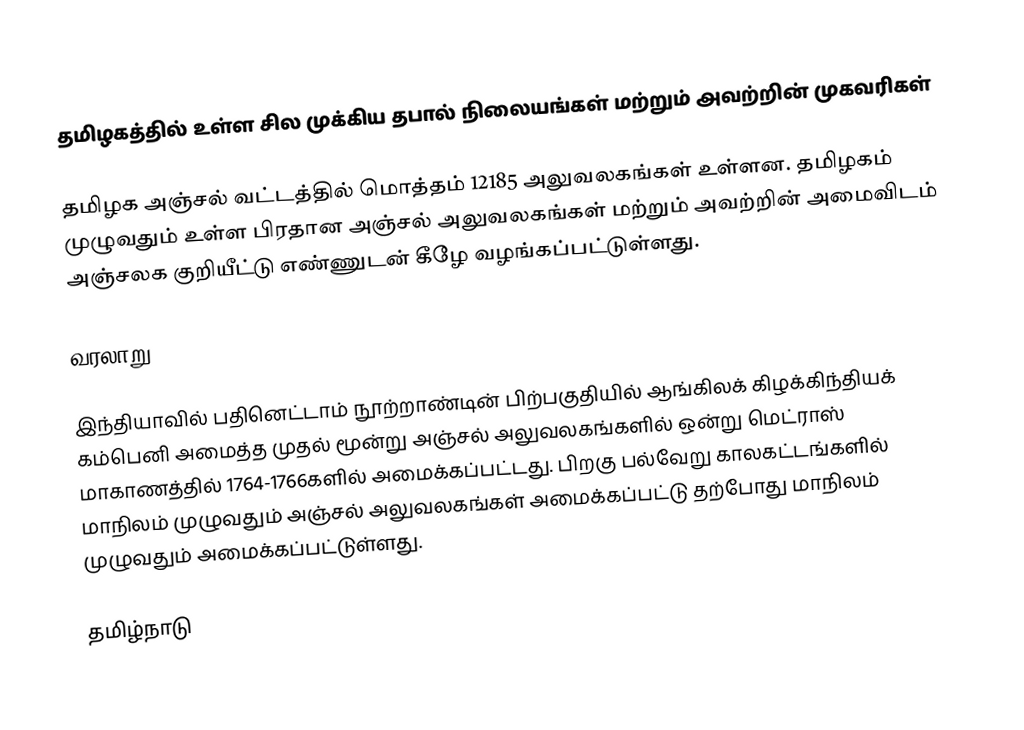

தமிழகத்தில் உள்ள சில முக்கிய தபால் நிலையங்கள் மற்றும் அவற்றின் முகவரிகள்

தமிழக அஞ்சல் வட்டத்தில் மொத்தம் 12185 அலுவலகங்கள் உள்ளன. தமிழகம் முழுவதும் உள்ள பிரதான அஞ்சல் அலுவலகங்கள் மற்றும் அவற்றின் அமைவிடம் அஞ்சலக குறியீட்டு எண்ணுடன் கீழே வழங்கப்பட்டுள்ளது.

வரலாறு

இந்தியாவில் பதினெட்டாம் நூற்றாண்டின் பிற்பகுதியில் ஆங்கிலக் கிழக்கிந்தியக் கம்பெனி அமைத்த முதல் மூன்று அஞ்சல் அலுவலகங்களில் ஒன்று மெட்ராஸ் மாகாணத்தில் 1764-1766களில் அமைக்கப்பட்டது. பிறகு பல்வேறு காலகட்டங்களில் மாநிலம் முழுவதும் அஞ்சல் அலுவலகங்கள் அமைக்கப்பட்டு தற்போது மாநிலம் முழுவதும் அமைக்கப்பட்டுள்ளது.

தமிழ்நாடு